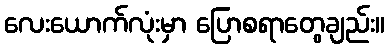
လေးယောက်လုံးမှာ ပြောစရာတွေချည်း။